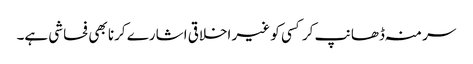
سر منہ ڈھانپ کر کسی کو غیر اخلاقی اشارے کرنا بھی فحاشی ہے۔